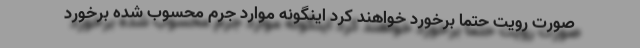
صورت رویت حتما برخورد خواهند کرد اینگونه موارد جرم محسوب شده برخورد